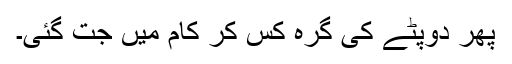
پھر دوپٹے کی گرہ کس کر کام میں جت گئی۔